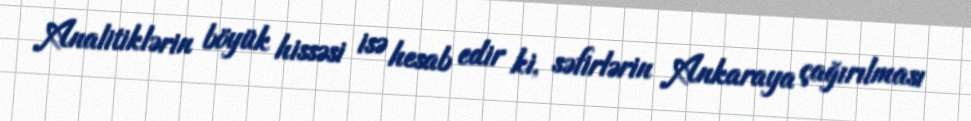
Analitiklərin böyük hissəsi isə hesab edir ki, səfirlərin Ankaraya çağırılması